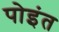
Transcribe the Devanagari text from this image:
पोइंत